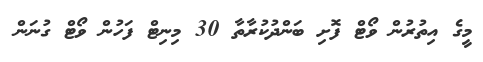
މީގެ އިތުރުން ވޯޓް ފޮށި ބަންދުކުރާތާ 30 މިނިޓް ފަހުން ވޯޓް ގުނަން